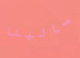
مالينا